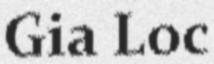
Gia Loc